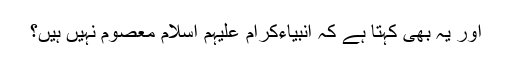
اور یہ بھی کہتا ہے کہ انبیاءکرام علیہم اسلام معصوم نہیں ہیں؟